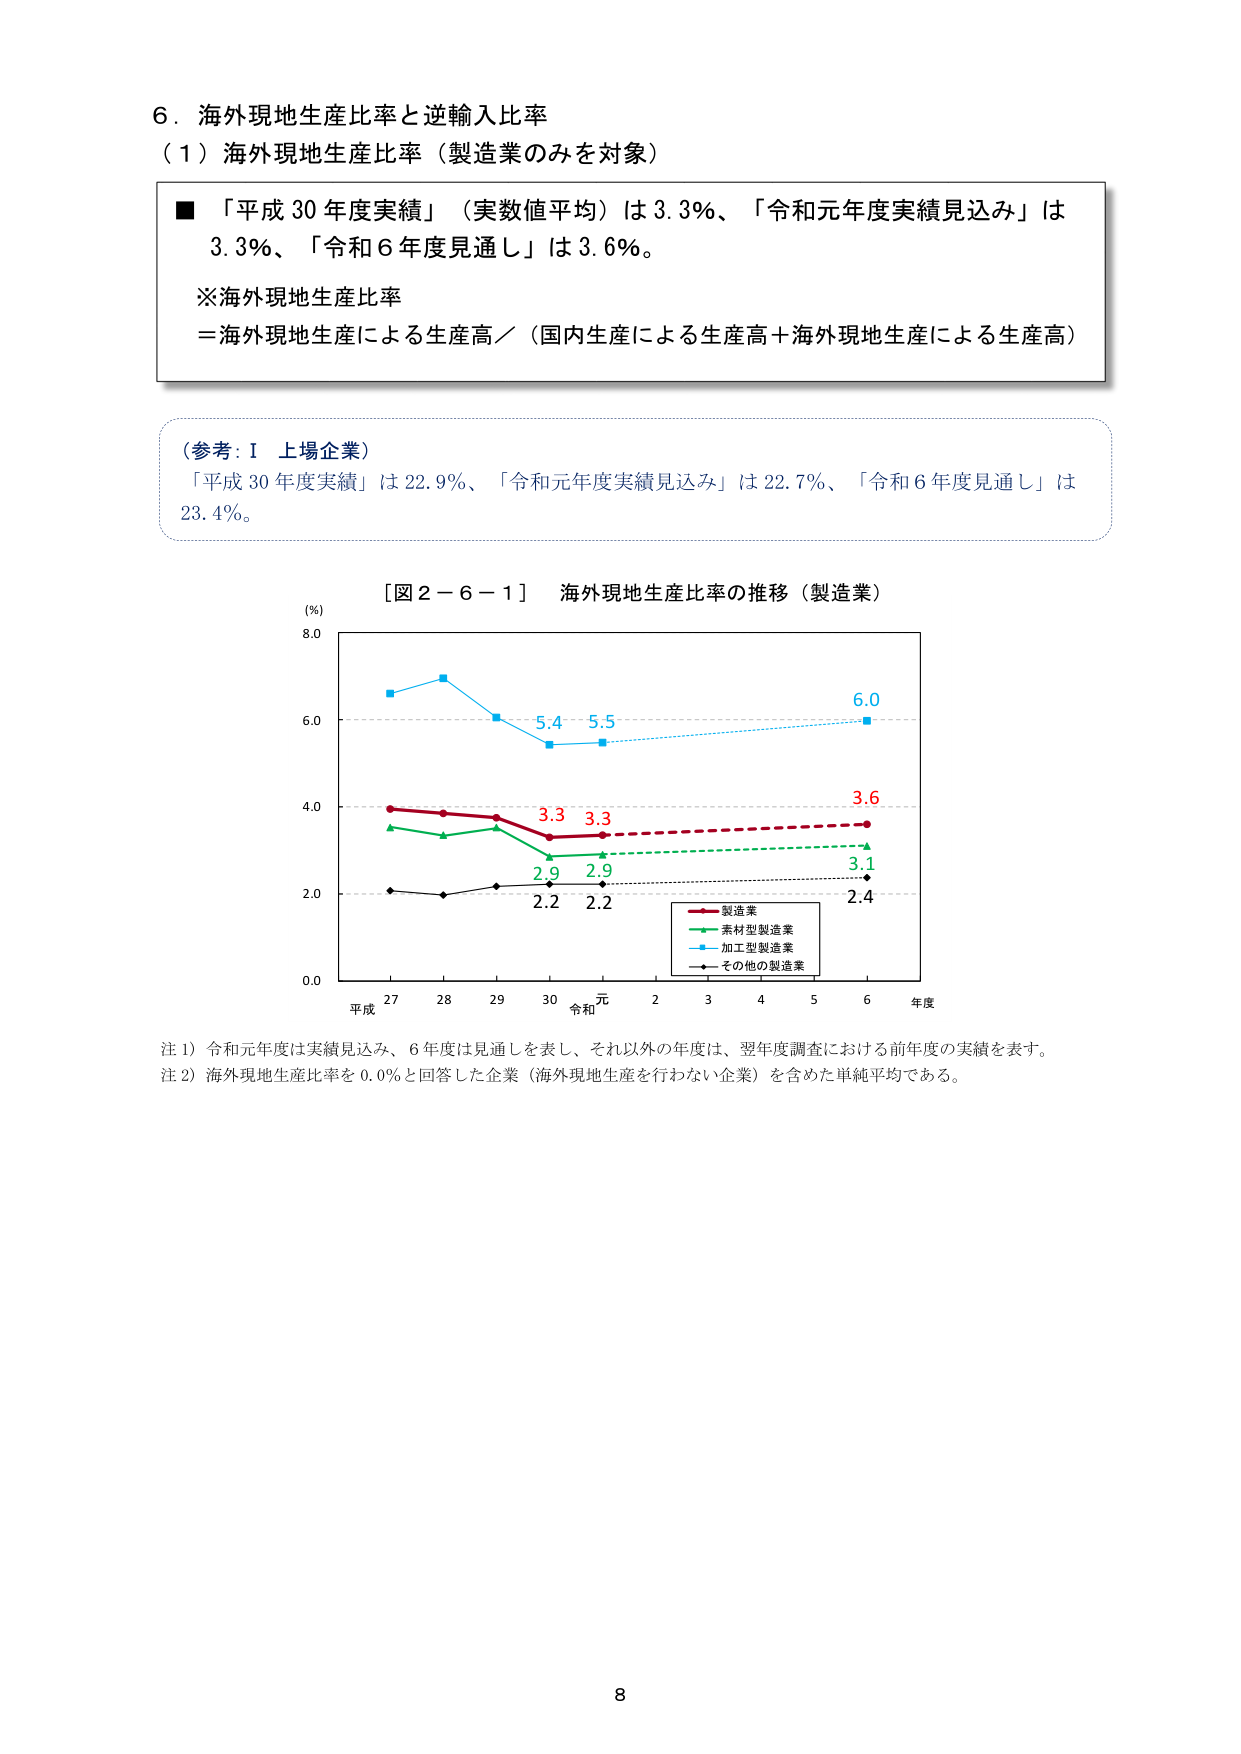
6．海外現地生産比率と逆輸入比率
（1）海外現地生産比率（製造業のみを対象）
■「平成30年度実績」（実数値平均）は3.3％、「令和元年度実績見込み」は3.3％、「令和6年度見通し」は3.6％。
※海外現地生産比率
＝海外現地生産による生産高／（国内生産による生産高＋海外現地生産による生産高）

（参考：Ⅰ 上場企業）
「平成30年度実績」は22.9％、「令和元年度実績見込み」は22.7％、「令和6年度見通し」は23.4％。

［図2－6－1］ 海外現地生産比率の推移（製造業）
（％）
8.0
6.0
4.0
2.0
0.0
平成 27 28 29 30 令和 元 2 3 4 5 6 年度
6.0
5.4 5.5
3.6
3.3 3.3
2.9 2.9
2.2 2.2
3.1
2.4
■ 製造業
■ 素材型製造業
■ 加工型製造業
■ その他の製造業

注1）令和元年度は実績見込み、6年度は見通しを表し、それ以外の年度は、翌年度調査における前年度の実績を表す。
注2）海外現地生産比率を0.0％と回答した企業（海外現地生産を行わない企業）を含めた単純平均である。

8